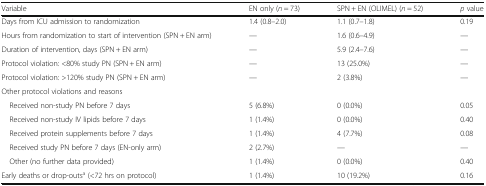
<table><thead><tr><td><b>Variable</b></td><td><b>EN only (<i>n</i> = 73)</b></td><td><b>SPN + EN (OLIMEL) (<i>n</i> = 52)</b></td><td><b><i>p</i> value</b></td></tr></thead><tbody><tr><td>Days from ICU admission to randomization</td><td>1.4 (0.8–2.0)</td><td>1.1 (0.7–1.8)</td><td>0.19</td></tr><tr><td>Hours from randomization to start of intervention (SPN + EN arm)</td><td>—</td><td>1.6 (0.6–4.9)</td><td>—</td></tr><tr><td>Duration of intervention, days (SPN + EN arm)</td><td>—</td><td>5.9 (2.4–7.6)</td><td>—</td></tr><tr><td>Protocol violation: &lt;80% study PN (SPN + EN arm)</td><td>—</td><td>13 (25.0%)</td><td>—</td></tr><tr><td>Protocol violation: &gt;120% study PN (SPN + EN arm)</td><td>—</td><td>2 (3.8%)</td><td>—</td></tr><tr><td colspan="4">Other protocol violations and reasons</td></tr><tr><td> Received non-study PN before 7 days</td><td>5 (6.8%)</td><td>0 (0.0%)</td><td>0.05</td></tr><tr><td> Received non-study IV lipids before 7 days</td><td>1 (1.4%)</td><td>0 (0.0%)</td><td>0.40</td></tr><tr><td> Received protein supplements before 7 days</td><td>1 (1.4%)</td><td>4 (7.7%)</td><td>0.08</td></tr><tr><td> Received study PN before 7 days (EN-only arm)</td><td>2 (2.7%)</td><td>—</td><td>—</td></tr><tr><td> Other (no further data provided)</td><td>1 (1.4%)</td><td>0 (0.0%)</td><td>0.40</td></tr><tr><td>Early deaths or drop-outs<sup>a</sup> (&lt;72 hrs on protocol)</td><td>1 (1.4%)</td><td>10 (19.2%)</td><td>0.16</td></tr></tbody></table>